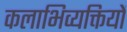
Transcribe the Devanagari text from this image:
कलाभिव्यक्तियों